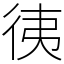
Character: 𢓡